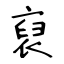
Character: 裒